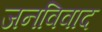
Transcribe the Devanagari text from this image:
जनविवाद